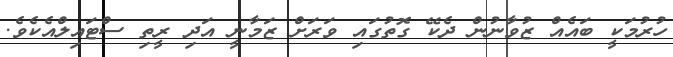
ހުރުމަކީ ބައެއް ޒުވާނުން ދެކޭ ގޮތުގައި ވަރަށް ޒަމާނީ އަދި ރީތި ސްޓައިލްއެކެވެ.